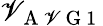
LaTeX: \mathscr{V}_{\mathrm{{~A~\mathscr{V}~G~1~}}}